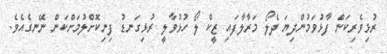
ރުޅިވެރިކަން ފާޅުވަމުންދިޔަ ދެލޯ މަރާލާފައި ޒީކް ލޯ ހުޅުވާލީ ރުޅިގަނޑު ފިނިކޮށްލުމަށްކަން ނޭނގެއެވެ.